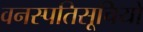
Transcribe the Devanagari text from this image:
वनस्पतिसूचियों